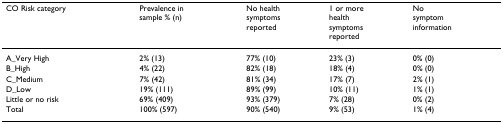
<table><thead><tr><td><b>CO Risk category</b></td><td><b>Prevalence in sample % (n)</b></td><td><b>No healthsymptomsreported</b></td><td><b>1 or morehealthsymptomsreported</b></td><td><b>Nosymptom information</b></td></tr></thead><tbody><tr><td>A_Very High</td><td>2% (13)</td><td>77% (10)</td><td>23% (3)</td><td>0% (0)</td></tr><tr><td>B_High</td><td>4% (22)</td><td>82% (18)</td><td>18% (4)</td><td>0% (0)</td></tr><tr><td>C_Medium</td><td>7% (42)</td><td>81% (34)</td><td>17% (7)</td><td>2% (1)</td></tr><tr><td>D_Low</td><td>19% (111)</td><td>89% (99)</td><td>10% (11)</td><td>1% (1)</td></tr><tr><td>Little or no risk</td><td>69% (409)</td><td>93% (379)</td><td>7% (28)</td><td>0% (2)</td></tr><tr><td>Total</td><td>100% (597)</td><td>90% (540)</td><td>9% (53)</td><td>1% (4)</td></tr></tbody></table>